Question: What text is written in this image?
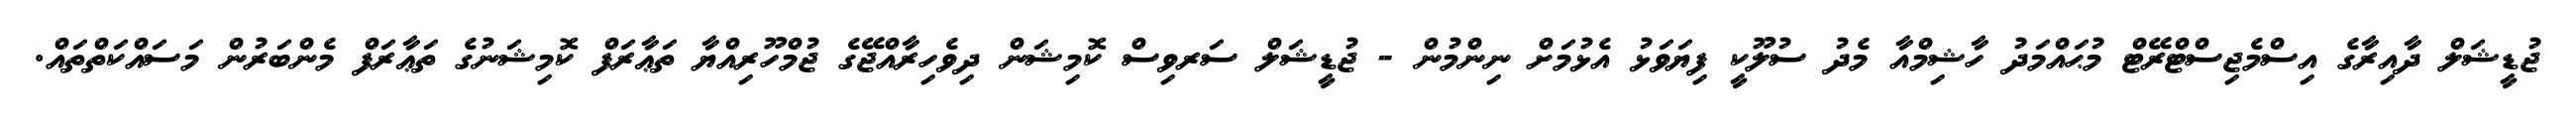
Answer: ޖުޑީޝަލް ދާއިރާގެ އިސްމެޖިސްޓްރޭޓް މުޙައްމަދު ހާޝިމްއާ މެދު ސުލޫކީ ފިޔަވަޅު އެޅުމަށް ނިންމުން - ޖުޑީޝަލް ސަރވިސް ކޮމިޝަން ދިވެހިރާއްޖޭގެ ޖުމްހޫރިއްޔާ ތަޢާރަފް ކޮމިޝަނުގެ ތަޢާރަފް މެންބަރުން މަސައްކަތްތައް.